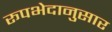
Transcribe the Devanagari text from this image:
रूपभेदानुसार